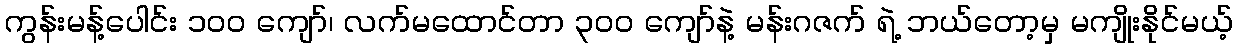
ကွန်းမန့်ပေါင်း ၁၀၀ ကျော်၊ လက်မထောင်တာ ၃၀၀ ကျော်နဲ့ မန်းဂဇက် ရဲ့ ဘယ်တော့မှ မကျိုးနိုင်မယ့်